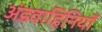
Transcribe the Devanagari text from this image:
अंडवाहिनियाँ